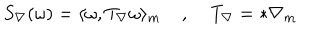
S _ { \nabla } ( \omega ) = \langle \omega , T _ { \nabla } \omega \rangle _ { m } \; , \; T _ { \nabla } = * \nabla _ { m }